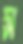
স